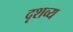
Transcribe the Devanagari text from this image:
दृशव्य